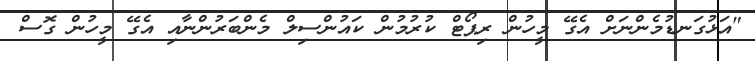
"އަޅުގަނޑުމެންނަށް އެގޭ މީހުން ރިޕޯޓް ކުރުމުން ކައުންސިލް މެންބަރުންނާއި އެގޭ މީހުން ގޮސް